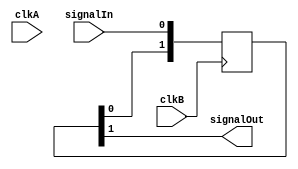
// signal.v --- 
// 
// Description: 
// Maintainer: 
// Version: 
// Last-Updated: 
//           By: 
//     Update #: 0
// URL: 
// Keywords: 
// Compatibility: 
// 
// 

// Commentary: 
// 
// 
// 
// 

// Change log:
// 
// 
// 

// Copyright (C) 2008,2009 Beijing Soul tech.
// -------------------------------------
// Naming Conventions:
// 	active low signals                 : "*_n"
// 	clock signals                      : "clk", "clk_div#", "clk_#x"
// 	reset signals                      : "rst", "rst_n"
// 	generics                           : "C_*"
// 	user defined types                 : "*_TYPE"
// 	state machine next state           : "*_ns"
// 	state machine current state        : "*_cs"
// 	combinatorial signals              : "*_com"
// 	pipelined or register delay signals: "*_d#"
// 	counter signals                    : "*cnt*"
// 	clock enable signals               : "*_ce"
// 	internal version of output port    : "*_i"
// 	device pins                        : "*_pin"
// 	ports                              : - Names begin with Uppercase
// Code:
module cross_signal (/*AUTOARG*/
   // Outputs
   clkB, signalOut,
   // Inputs
   clkA, signalIn
   );
   input clkA;
   input signalIn;

   input  clkB;
   output signalOut;
	  
   reg [1:0] SyncA_ClkB;
   always @(posedge clkB)
     begin
	SyncA_ClkB[0] <= #1 signalIn;
	SyncA_ClkB[1] <= #1 SyncA_ClkB[0];
     end
   assign signalOut = SyncA_ClkB[1];
   // synthesis attribute ASYNC_REG of SyncA_ClkB is TRUE;
endmodule
// 
// cross_signal.v ends here